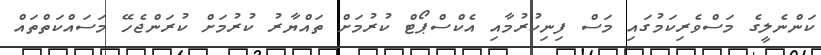
ކަންނެލީގެ މަސްވެރިކަމުގައި މަސް ފިނިކުރުމާއި އެކްސްޕޯޓް ކުރުމަށް ތައްޔާރު ކުރުމަށް ކުރަންޖެހޭ މަސައްކަތްތައް